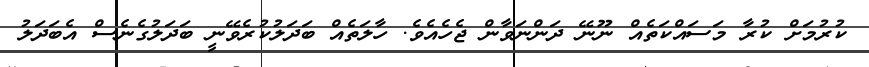
ކުރުމަށް ކުރާ މަސައްކަތެއް ނޫނޭ ދަންނަވާން ޖެހެއެވެ. ހާލަތެއް ބަދަލުކުރެވޭނީ ބަދަލުގެނެސް އެބަދަލު